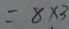
= 8 \times 3